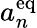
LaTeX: a_{n}^{\mathrm{eq}}